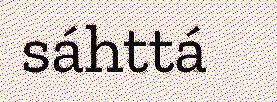
sáhttá